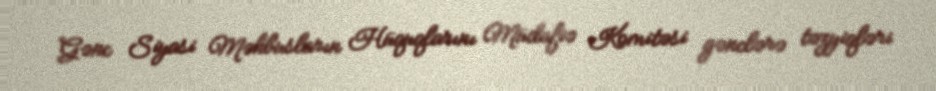
Gənc Siyasi Məhbusların Hüquqlarını Müdafiə Komitəsi gənclərə təzyiqləri